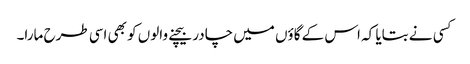
کسی نے بتایا کہ اس کے گاؤں میں چادر بیچنے والوں کو بھی اسی طرح مارا۔